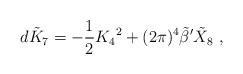
LaTeX: \begin{align*}d\tilde K_7=-{1\over2}K_4{}^2 + (2\pi)^4{\tilde \beta}'{\tilde X}_8\ ,\end{align*}